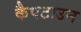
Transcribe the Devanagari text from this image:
कैपटाउन